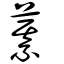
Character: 藄